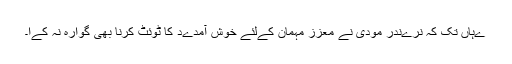
ےہاں تک کہ نرےندر مودی نے معزز مہمان کےلئے خوش آمدےد کا ٹوئٹ کرنا بھی گوارہ نہ کےا۔